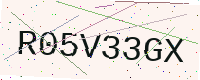
Text: R05V33GX